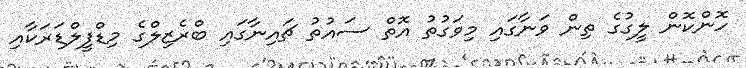
ހޮންކޮން ލީގުގެ ތިން ވަނާގައި މިވަގުތު އޮތް ސައުތު ޗައިނާގައި ބްރެޒިލްގެ މިޑްފީލްޑަރަކާއި